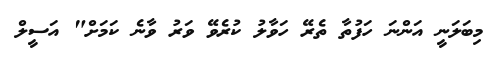
މިބަލަނީ އަންނަ ހަފުތާ ތެރޭ ހަވާލު ކުރެވޭ ވަރު ވާނެ ކަމަށް" އަސީލް